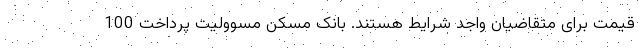
قیمت برای متقاضیان واجد شرایط هستند. بانک مسکن مسوولیت پرداخت 100